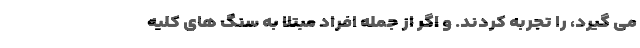
می گیرد، را تجربه کردند. و اگر از جمله افراد مبتلا به سنگ های کلیه